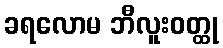
ခရလောမ ဘီလူးဝတ္ထု